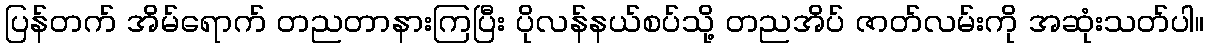
ပြန်တက် အိမ်ရောက် တညတာနားကြပြီး ပိုလန်နယ်စပ်သို့ တညအိပ် ဇာတ်လမ်းကို အဆုံးသတ်ပါ။